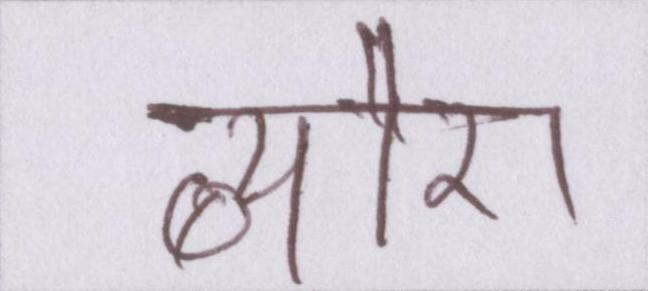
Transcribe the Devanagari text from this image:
ब्यौरा